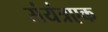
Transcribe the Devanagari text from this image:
संयंत्रएक